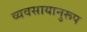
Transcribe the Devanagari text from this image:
व्यवसायानुरूप